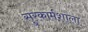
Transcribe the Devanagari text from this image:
सुरकार्मशाला